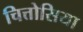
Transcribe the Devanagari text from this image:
चित्तोसिया